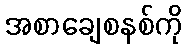
အစာချေစနစ်ကို